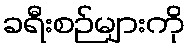
ခရီးစဉ်များကို